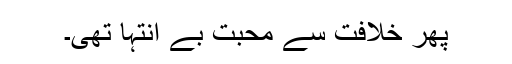
پھر خلافت سے محبت بے انتہا تھی۔